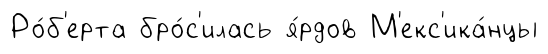
Ро́б'ерта бро́с'илась я́рдов М'екс'ика́нцы